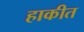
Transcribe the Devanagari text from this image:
हाकीत